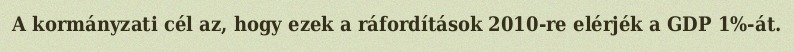
A kormányzati cél az, hogy ezek a ráfordítások 2010-re elérjék a GDP 1%-át.